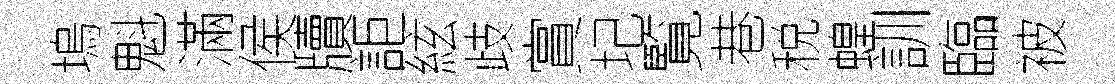
塢魁滿侯牘詎絃歧賞圮覧巷税蝗訓臨被